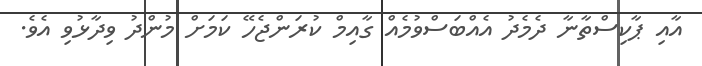
އާއި ޕާކިސްތާނާ ދެމެދު އެއްބަސްވުމެއް ގާއިމް ކުރަންޖެހޭ ކަމަށް މުންދު ވިދާޅުވި އެވެ.